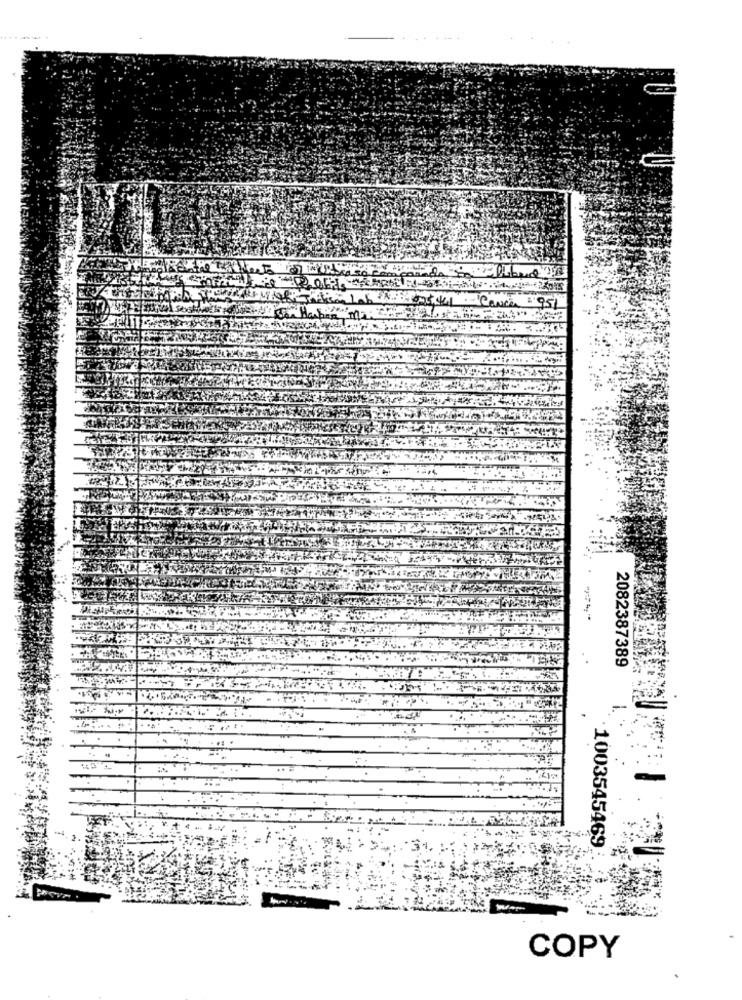
2082387389
1003545469
COPY